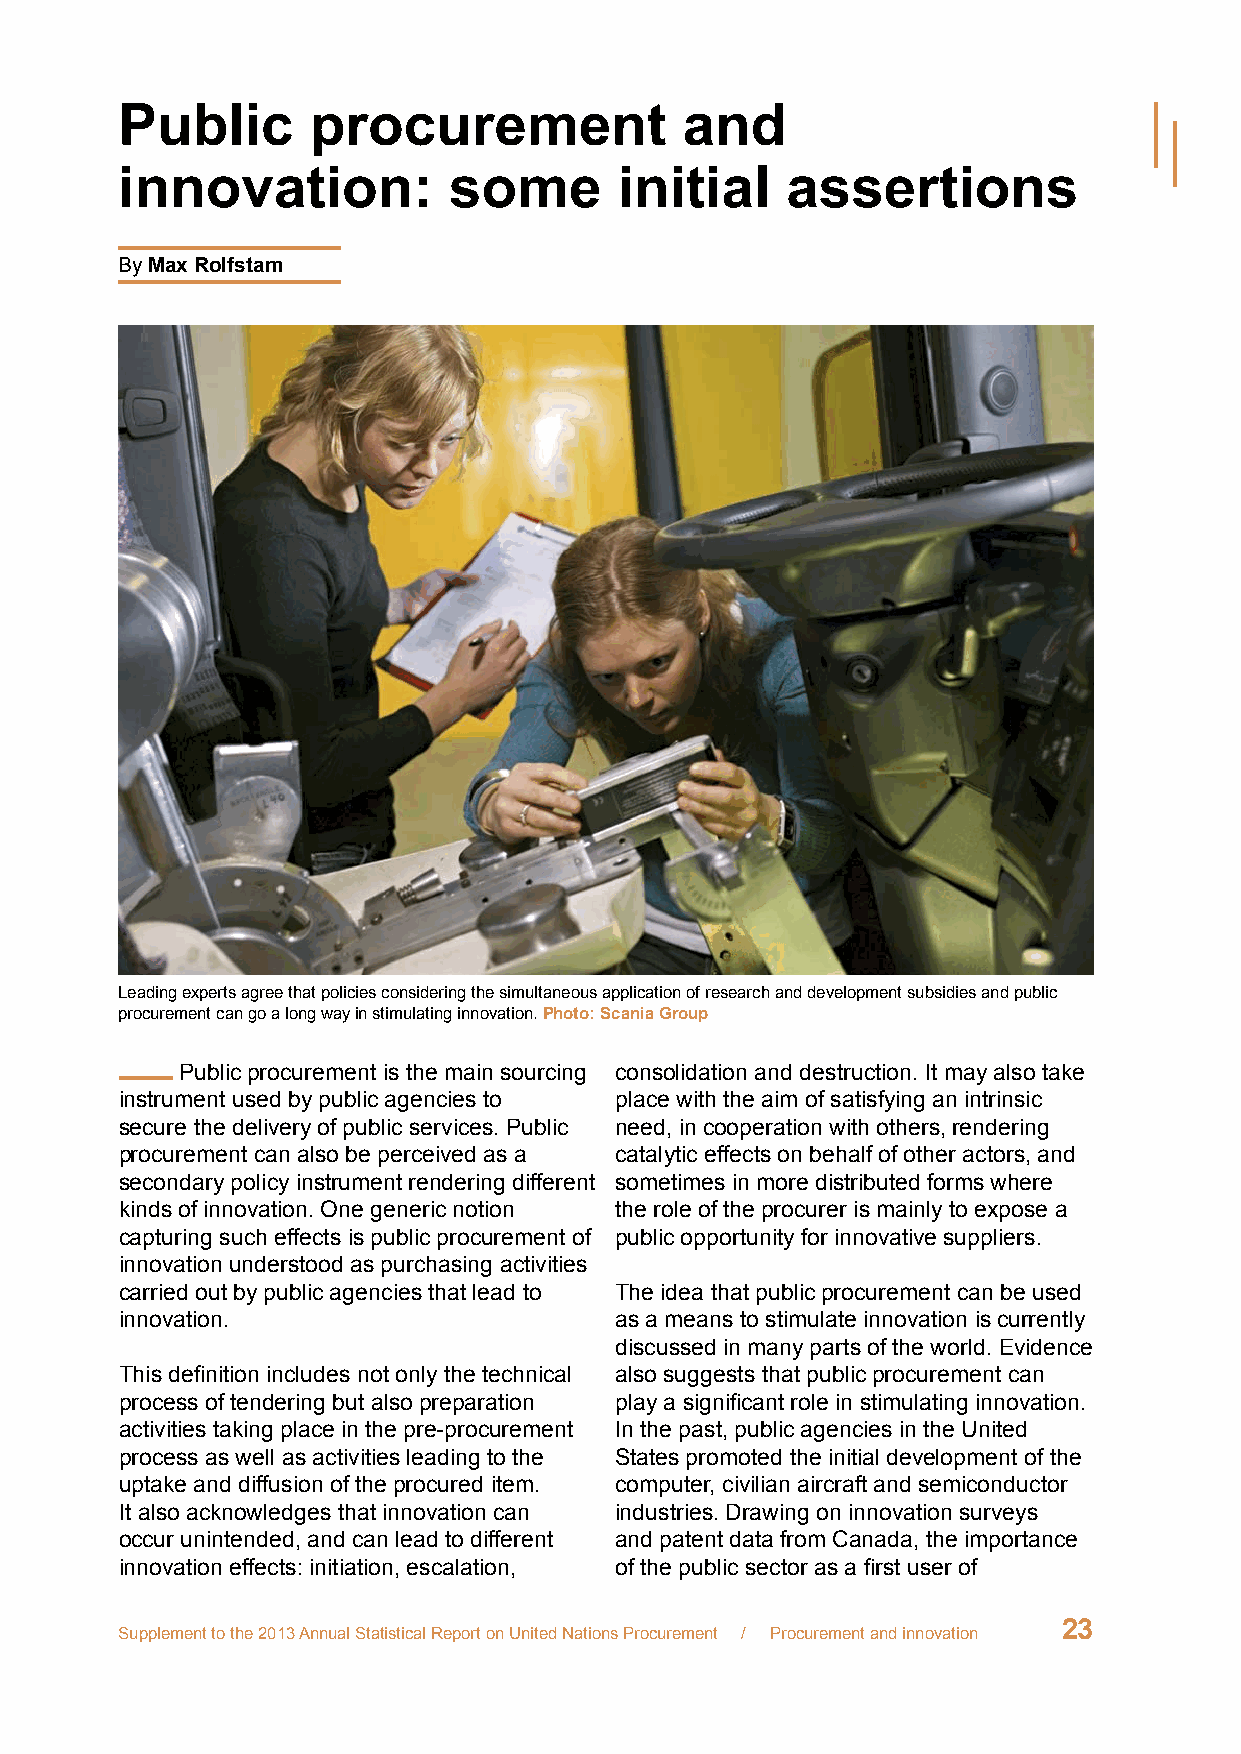
Public      procurement              and
 innovation:           some       initial    assertions
 By Max Rolfstam
 Leading experts agree that policies considering the simultaneous application of research and development subsidies and public
 procurement can go a long way in stimulating innovation. Photo: Scania Group
 Public procurement is the main sourcing consolidation and destruction. It may also take
 instrument used by public agencies to place with the aim of satisfying an intrinsic
 secure the delivery of public services. Public need, in cooperation with others, rendering
 procurement can also be perceived as a catalytic effects on behalf of other actors, and
 secondary policy instrument rendering different sometimes in more distributed forms where
 kinds of innovation. One generic notion the role of the procurer is mainly to expose a
 capturing such effects is public procurement of public opportunity for innovative suppliers.
 innovation understood as purchasing activities
 carried out by public agencies that lead to The idea that public procurement can be used
 innovation.                      as a means to stimulate innovation is currently
 discussed in many parts of the world. Evidence
 This definition includes not only the technical also suggests that public procurement can
 process of tendering but also preparation play a significant role in stimulating innovation.
 activities taking place in the pre-procurement In the past, public agencies in the United
 process as well as activities leading to the States promoted the initial development of the
 uptake and diffusion of the procured item. computer, civilian aircraft and semiconductor
 It also acknowledges that innovation can industries. Drawing on innovation surveys
 occur unintended, and can lead to different and patent data from Canada, the importance
 innovation effects: initiation, escalation, of the public sector as a first user of
 23
 Supplement to the 2013 Annual Statistical Report on United Nations Procurement / Procurement and innovation